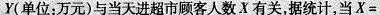
Y(单位：万元)与当天进超市顾客人数X有关，据统计，当X=